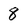
Character: 8